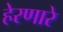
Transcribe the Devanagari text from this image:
हेरणारे